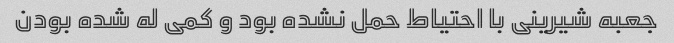
جعبه شیرینی با احتیاط حمل نشده بود و کمی له شده بودن